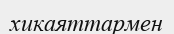
хикаяттармен